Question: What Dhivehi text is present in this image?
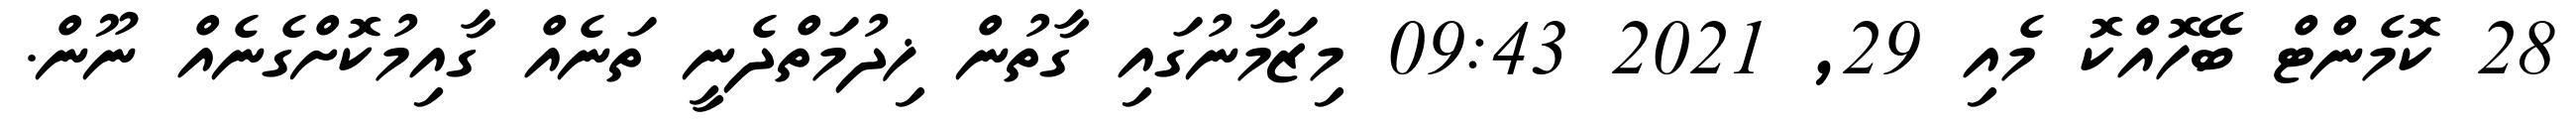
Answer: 28 ކޮމެންޓް ބޭހޮއްކޮ މެއި 29, 2021 09:43 މިޒަމާނުގައި ގާތުން ޚިދުމަތްދެނީ ތަނެއް ގާއިމުކޮށްގެނެއް ނޫން.